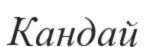
Кандай